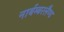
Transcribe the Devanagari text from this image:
नार्बम्बरलैण्ड